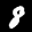
Label: 8